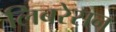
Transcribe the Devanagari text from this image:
लिबरेसन